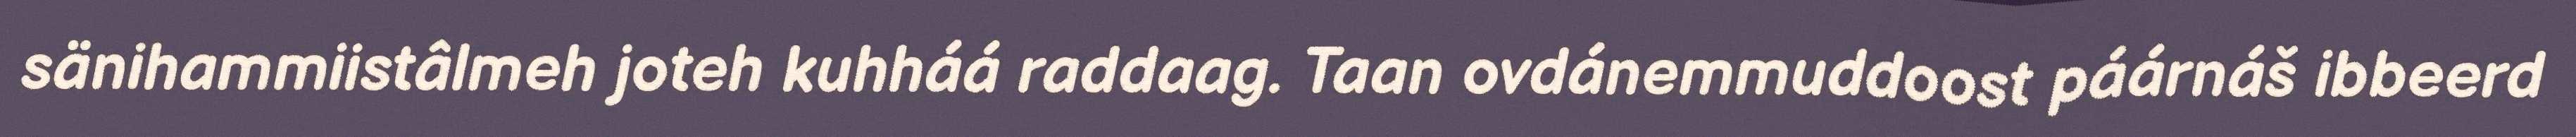
sänihammiistâlmeh joteh kuhháá raddaag. Taan ovdánemmuddoost páárnáš ibbeerd